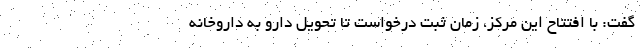
گفت: با افتتاح این مرکز، زمان ثبت درخواست تا تحویل دارو به داروخانه